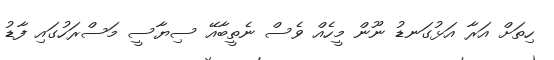
ހިތަށް އަރާ އަޅުގަނޑު ނޫން މީހެއް ވެސް ނެތީބާއޭ ސިޔާސީ މަސްރަހުގައި ފާޑު